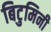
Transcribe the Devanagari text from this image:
बिटुमिनी